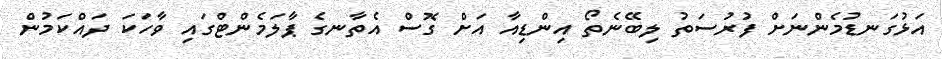
އަޅުގަނޑުމެންނަށް ފުރުސަތު ލިބޭނެތޯ އިންޑިއާ އަށް ގޮސް އެތާނގެ ޕާލަމެންޓްގައި ވާހަކަ ދައްކަމުން